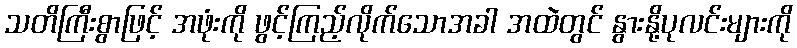
သတိကြီးစွာဖြင့် အဖုံးကို ဖွင့်ကြည့်လိုက်သောအခါ အထဲတွင် နွားနို့ပုလင်းများကို